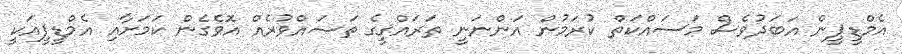
އެމްޑީޕީން އަބަދުވެސް މަސައްކަތް ކުރަމުން އަންނަނީ ތަރައްްޤީގެ ތަޞައްވުރެއް އޮވެގެން ކަމަށާއި އެމްޑީޕީއަކީ